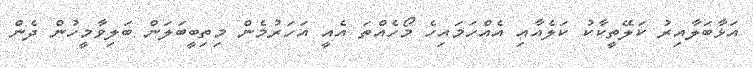
އަޅާބަލާއިރު ކަލޭތީކާކު ކަލެއާއި އެއްހަމައިހެ މޯހެއްތަ އެއީ އަހަރުމެން މިތިބީބަލަން ބަލިވާމީހުން ދެން